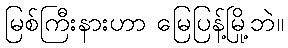
မြစ်ကြီးနားဟာ မြေပြန့်မြို့ဘဲ။